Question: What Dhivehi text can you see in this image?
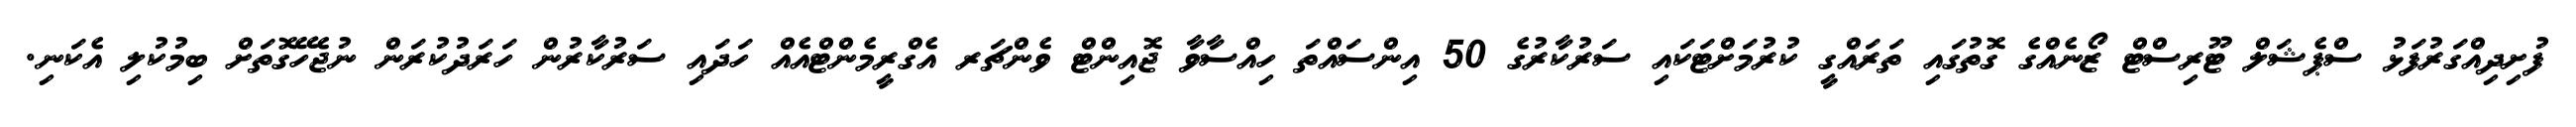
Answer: ފުށިދިއްގަރުފަޅު ސްޕެޝަލް ޓޫރިސްޓް ޒޯނެއްގެ ގޮތުގައި ތަރައްގީ ކުރުމަށްޓަކައި ސަރުކާރުގެ 50 އިންސައްތަ ހިއްސާވާ ޖޮއިންޓް ވެންޗަރ އެގްރީމެންޓްއެއް ހަދައި ސަރުކާރުން ހަރަދުކުރަން ނުޖެހޭގޮތަށް ބިމުކުލި އެކަނި.